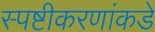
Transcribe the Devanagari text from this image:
स्पष्टीकरणांकडे